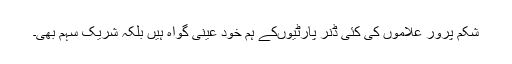
شکم پرور علاموں کی کئی ڈنر پارٹیوںکے ہم خود عینی گواہ ہیں بلکہ شریک سہم بھی۔